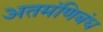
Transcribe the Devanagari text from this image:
अतमंणिबंध